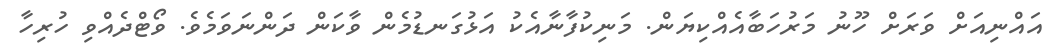
އައްނިއަށް ވަރަށް ހޫނު މަރުހަބާއެއްކިޔަން. މަނިކުފާނާއެކު އަޅުގަނޑުމެން ވާކަން ދަންނަވަމެވެ. ވޯޓްދެއްވި ހުރިހާ